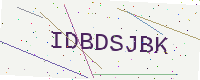
Text: IDBDSJBK